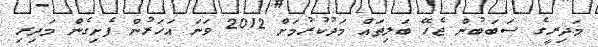
މަދިރީގެ ސަބަބުން ޖެހޭ ބަލިތައް މަދުކުރުމަށް 2012 ވަނަ އަހަރުން ފެށިގެން މަދިރި